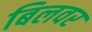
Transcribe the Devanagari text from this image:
बिलवर